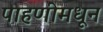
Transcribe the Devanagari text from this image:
पाहणीमधून